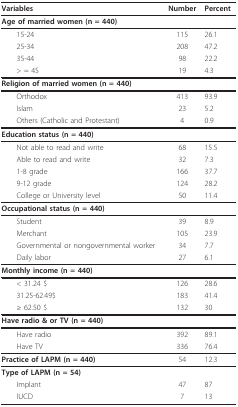
<table><thead><tr><td><b>Variables</b></td><td><b>Number</b></td><td><b>Percent</b></td></tr></thead><tbody><tr><td><b>Age of married women (n = 440)</b></td><td></td><td></td></tr><tr><td> 15-24</td><td>115</td><td>26.1</td></tr><tr><td> 25-34</td><td>208</td><td>47.2</td></tr><tr><td> 35-44</td><td>98</td><td>22.2</td></tr><tr><td> &gt; = 45</td><td>19</td><td>4.3</td></tr><tr><td><b>Religion of married women (n = 440)</b></td><td></td><td></td></tr><tr><td> Orthodox</td><td>413</td><td>93.9</td></tr><tr><td> Islam</td><td>23</td><td>5.2</td></tr><tr><td> Others (Catholic and Protestant)</td><td>4</td><td>0.9</td></tr><tr><td><b>Education status (n = 440)</b></td><td></td><td></td></tr><tr><td> Not able to read and write</td><td>68</td><td>15.5</td></tr><tr><td> Able to read and write</td><td>32</td><td>7.3</td></tr><tr><td> 1-8 grade</td><td>166</td><td>37.7</td></tr><tr><td> 9-12 grade</td><td>124</td><td>28.2</td></tr><tr><td> College or University level</td><td>50</td><td>11.4</td></tr><tr><td><b>Occupational status (n = 440)</b></td><td></td><td></td></tr><tr><td> Student</td><td>39</td><td>8.9</td></tr><tr><td> Merchant</td><td>105</td><td>23.9</td></tr><tr><td> Governmental or nongovernmental worker</td><td>34</td><td>7.7</td></tr><tr><td> Daily labor</td><td>27</td><td>6.1</td></tr><tr><td><b>Monthly income (n = 440)</b></td><td></td><td></td></tr><tr><td> &lt; 31.24 $</td><td>126</td><td>28.6</td></tr><tr><td> 31.25-62.49$</td><td>183</td><td>41.4</td></tr><tr><td> ≥ 62.50 $</td><td>132</td><td>30</td></tr><tr><td><b>Have radio &amp; or TV (n = 440)</b></td><td></td><td></td></tr><tr><td> Have radio</td><td>392</td><td>89.1</td></tr><tr><td> Have TV</td><td>336</td><td>76.4</td></tr><tr><td><b>Practice of LAPM (n = 440)</b></td><td>54</td><td>12.3</td></tr><tr><td><b>Type of LAPM (n = 54)</b></td><td></td><td></td></tr><tr><td> Implant</td><td>47</td><td>87</td></tr><tr><td> IUCD</td><td>7</td><td>13</td></tr></tbody></table>